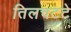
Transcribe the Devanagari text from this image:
तिलचटटे